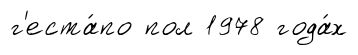
г'еста́по пол 1978 года́х